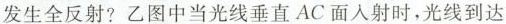
发生全反射?乙图中当光线垂直AC面人射时，光线到达